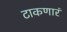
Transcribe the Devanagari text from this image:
टाकणारं